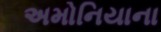
અમોનિયાના